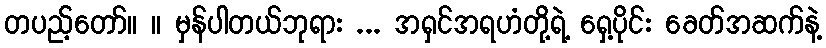
တပည့်တော်။ ။ မှန်ပါတယ်ဘုရား ... အရှင်အရဟံတို့ရဲ့ ရှေ့ပိုင်း ခေတ်အဆက်နဲ့